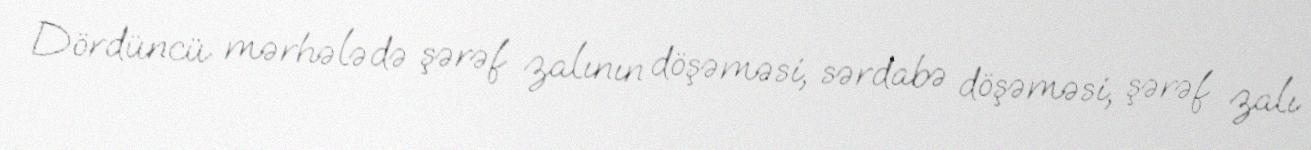
Dördüncü mərhələdə şərəf zalının döşəməsi, sərdabə döşəməsi, şərəf zalı